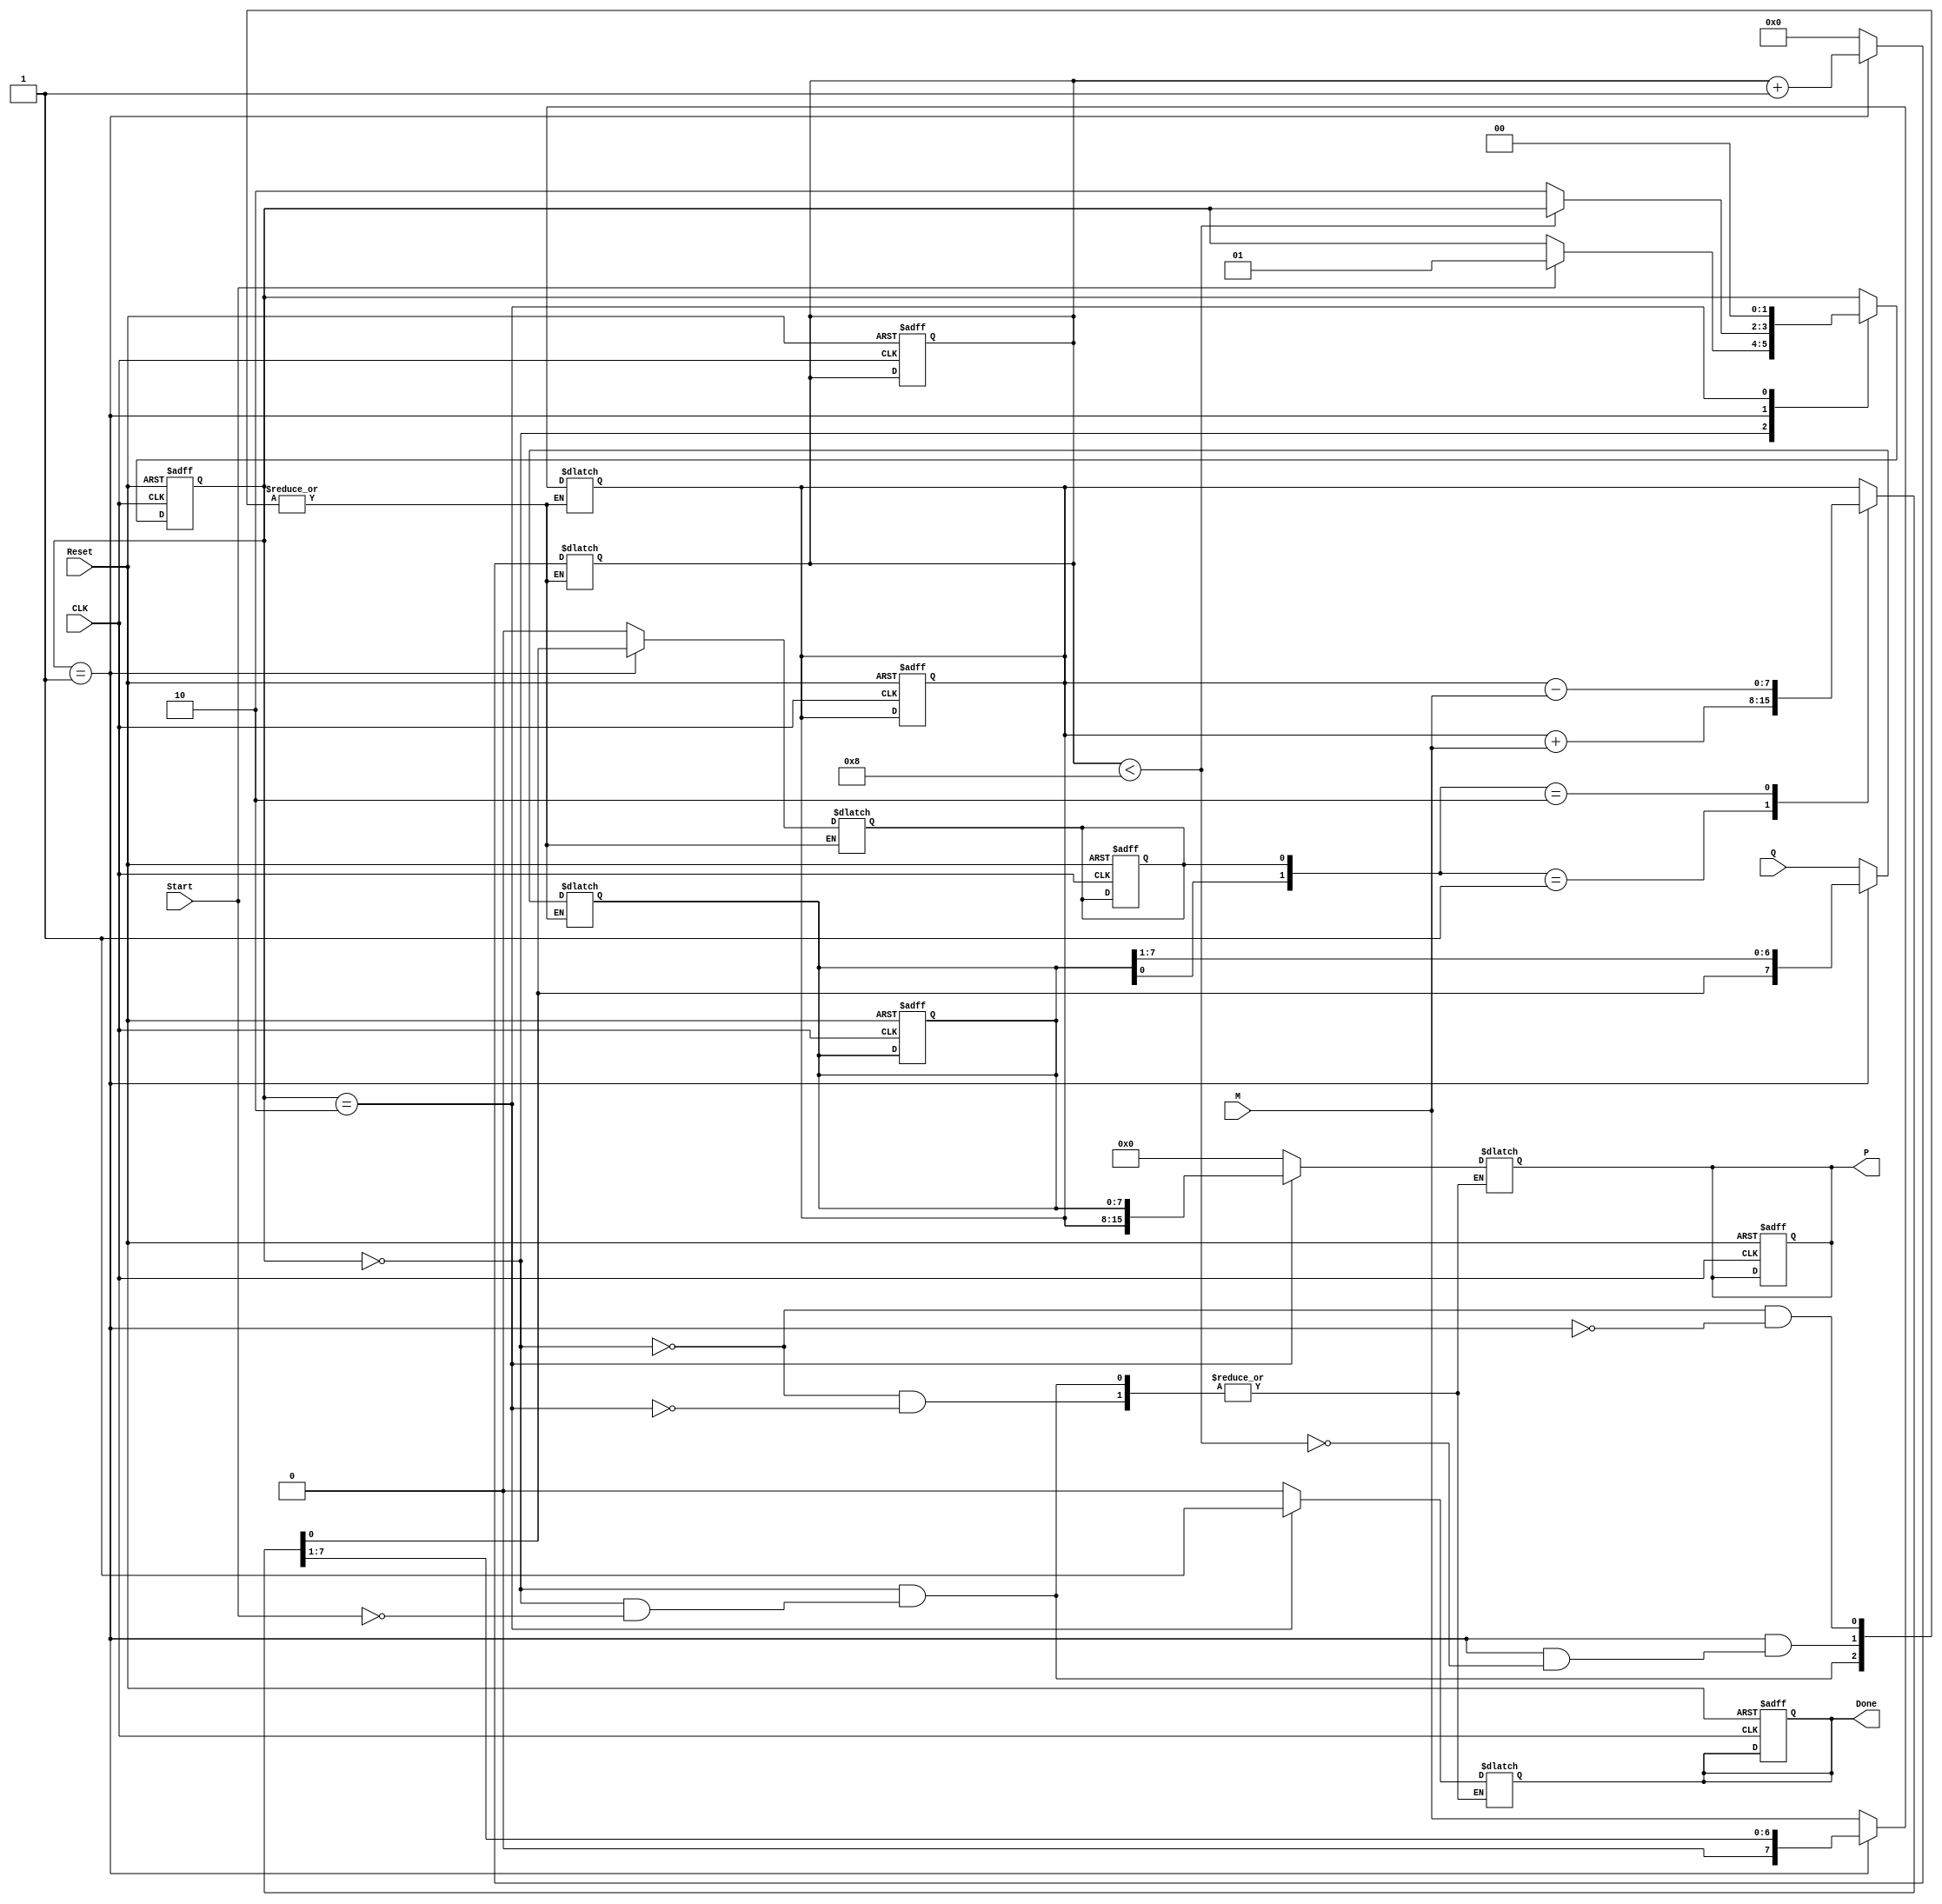
module booth_multiplier #(
    parameter N = 8  // Bit width for multiplicand and multiplier
) (
    input wire [N-1:0] M,      // Multiplicand
    input wire [N-1:0] Q,      // Multiplier
    input wire Start,          // Control signal to start multiplication
    input wire CLK,            // Clock signal
    input wire Reset,          // Reset signal
    output reg [2*N-1:0] P,    // Product output
    output reg Done            // Ready signal
);

    reg [N-1:0] A;             // A Register
    reg [N-1:0] Q_reg;         // Q Register
    reg Q_1;                   // Q-1 Register
    reg [3:0] count;           // Counter for iterations

    // State definitions
    localparam IDLE = 2'b00, 
               RUN = 2'b01, 
               DONE_STATE = 2'b10;

    reg [1:0] state, next_state;

    initial begin
        P = 0;
        A = 0;
        Q_reg = 0;
        Q_1 = 0;
        count = 0;
        Done = 0;
        state = IDLE;
    end

    // State machine to control the operation
    always @(posedge CLK or posedge Reset) begin
        if (Reset) begin
            state <= IDLE;
            P <= 0;
            A <= 0;
            Q_reg <= 0;
            Q_1 <= 0;
            count <= 0;
            Done <= 0;
        end else begin
            state <= next_state;
        end
    end

    always @(*) begin
        next_state = state;

        case (state)
            IDLE: begin
                if (Start) begin
                    A = M;              // Load multiplicand into A
                    Q_reg = Q;         // Load multiplier into Q
                    Q_1 = 0;           // Initialize Q-1
                    count = 0;         // Reset counter
                    P = 0;             // Clear product
                    Done = 0;         // Not done yet
                    next_state = RUN;  // Move to RUN state
                end
            end

            RUN: begin
                if (count < N) begin
                    // Booth's algorithm operations
                    case ({Q_reg[0], Q_1})
                        2'b00: begin
                            // Do nothing (just shift)
                        end
                        2'b01: begin
                            A = A + M;  // A = A + M
                        end
                        2'b10: begin
                            A = A - M;  // A = A - M
                        end
                    endcase

                    // Shift right
                    {A, Q_reg, Q_1} = {A, Q_reg, Q_1} >> 1;
                    Q_1 = Q_reg[N-1];  // Update Q-1 with the previous LSB of Q
                    count = count + 1; // Increment counter
                end else begin
                    next_state = DONE_STATE; // Move to DONE state after N iterations
                end
            end

            DONE_STATE: begin
                P = {A, Q_reg}; // Combine A and Q to form the product
                Done = 1;      // Set done signal
                next_state = IDLE; // Return to IDLE
            end
        endcase
    end

endmodule